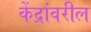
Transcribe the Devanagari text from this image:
केंद्रांवरील